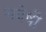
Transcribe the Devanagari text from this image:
मवेषी